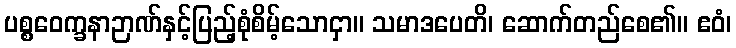
ပစ္စဝေက္ခနာဉာဏ်နှင့်ပြည့်စုံစိမ့်သောငှာ။ သမာဒပေတိ၊ ဆောက်တည်စေ၏။ ဧဝံ၊